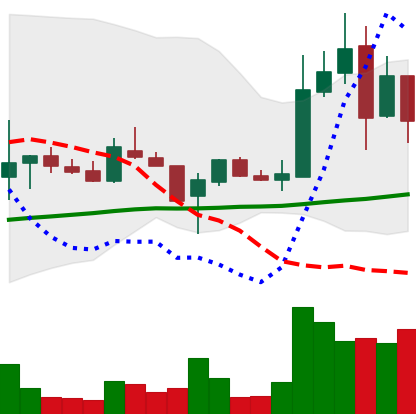
Ticker: LTC-USD
Chart end date: 2017-11-12
Forward return: 14.513%
Label: up_7plus